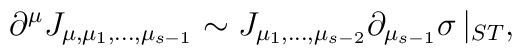
\partial^\mu J_{\mu,\mu_1,...,\mu_{s-1}}\sim J_{\mu_1,...,\mu_{s-2}}\partial_{\mu_{s-1}}\sigma \, |_{ST},